画像に写った文字を読んでください
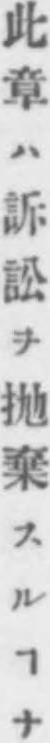
「此章ハ訴訟ヲ抛棄スルヿナ」と書いてあります